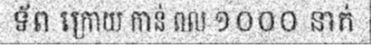
ទ័ព ក្រោយ កាន់ ពល ១០០០ នាក់